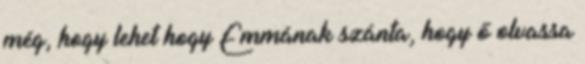
még, hogy lehet hogy Emmának szánta, hogy ő olvassa